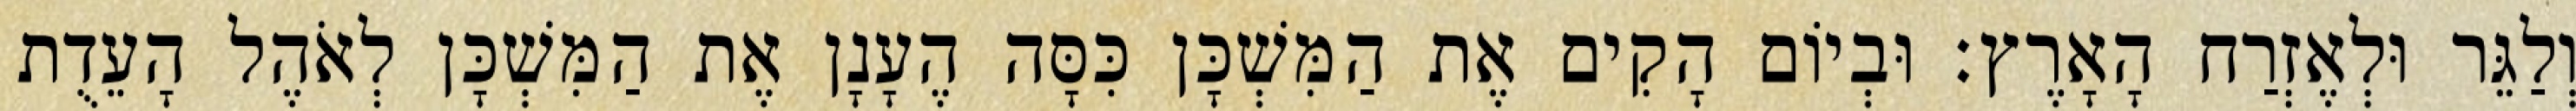
וְלַגֵּר וּלְאֶזְרַח הָאָרֶץ׃ וּבְיוֹם הָקִים אֶת הַמִּשְׁכָּן כִּסָּה הֶעָנָן אֶת הַמִּשְׁכָּן לְאֹהֶל הָעֵדֻת